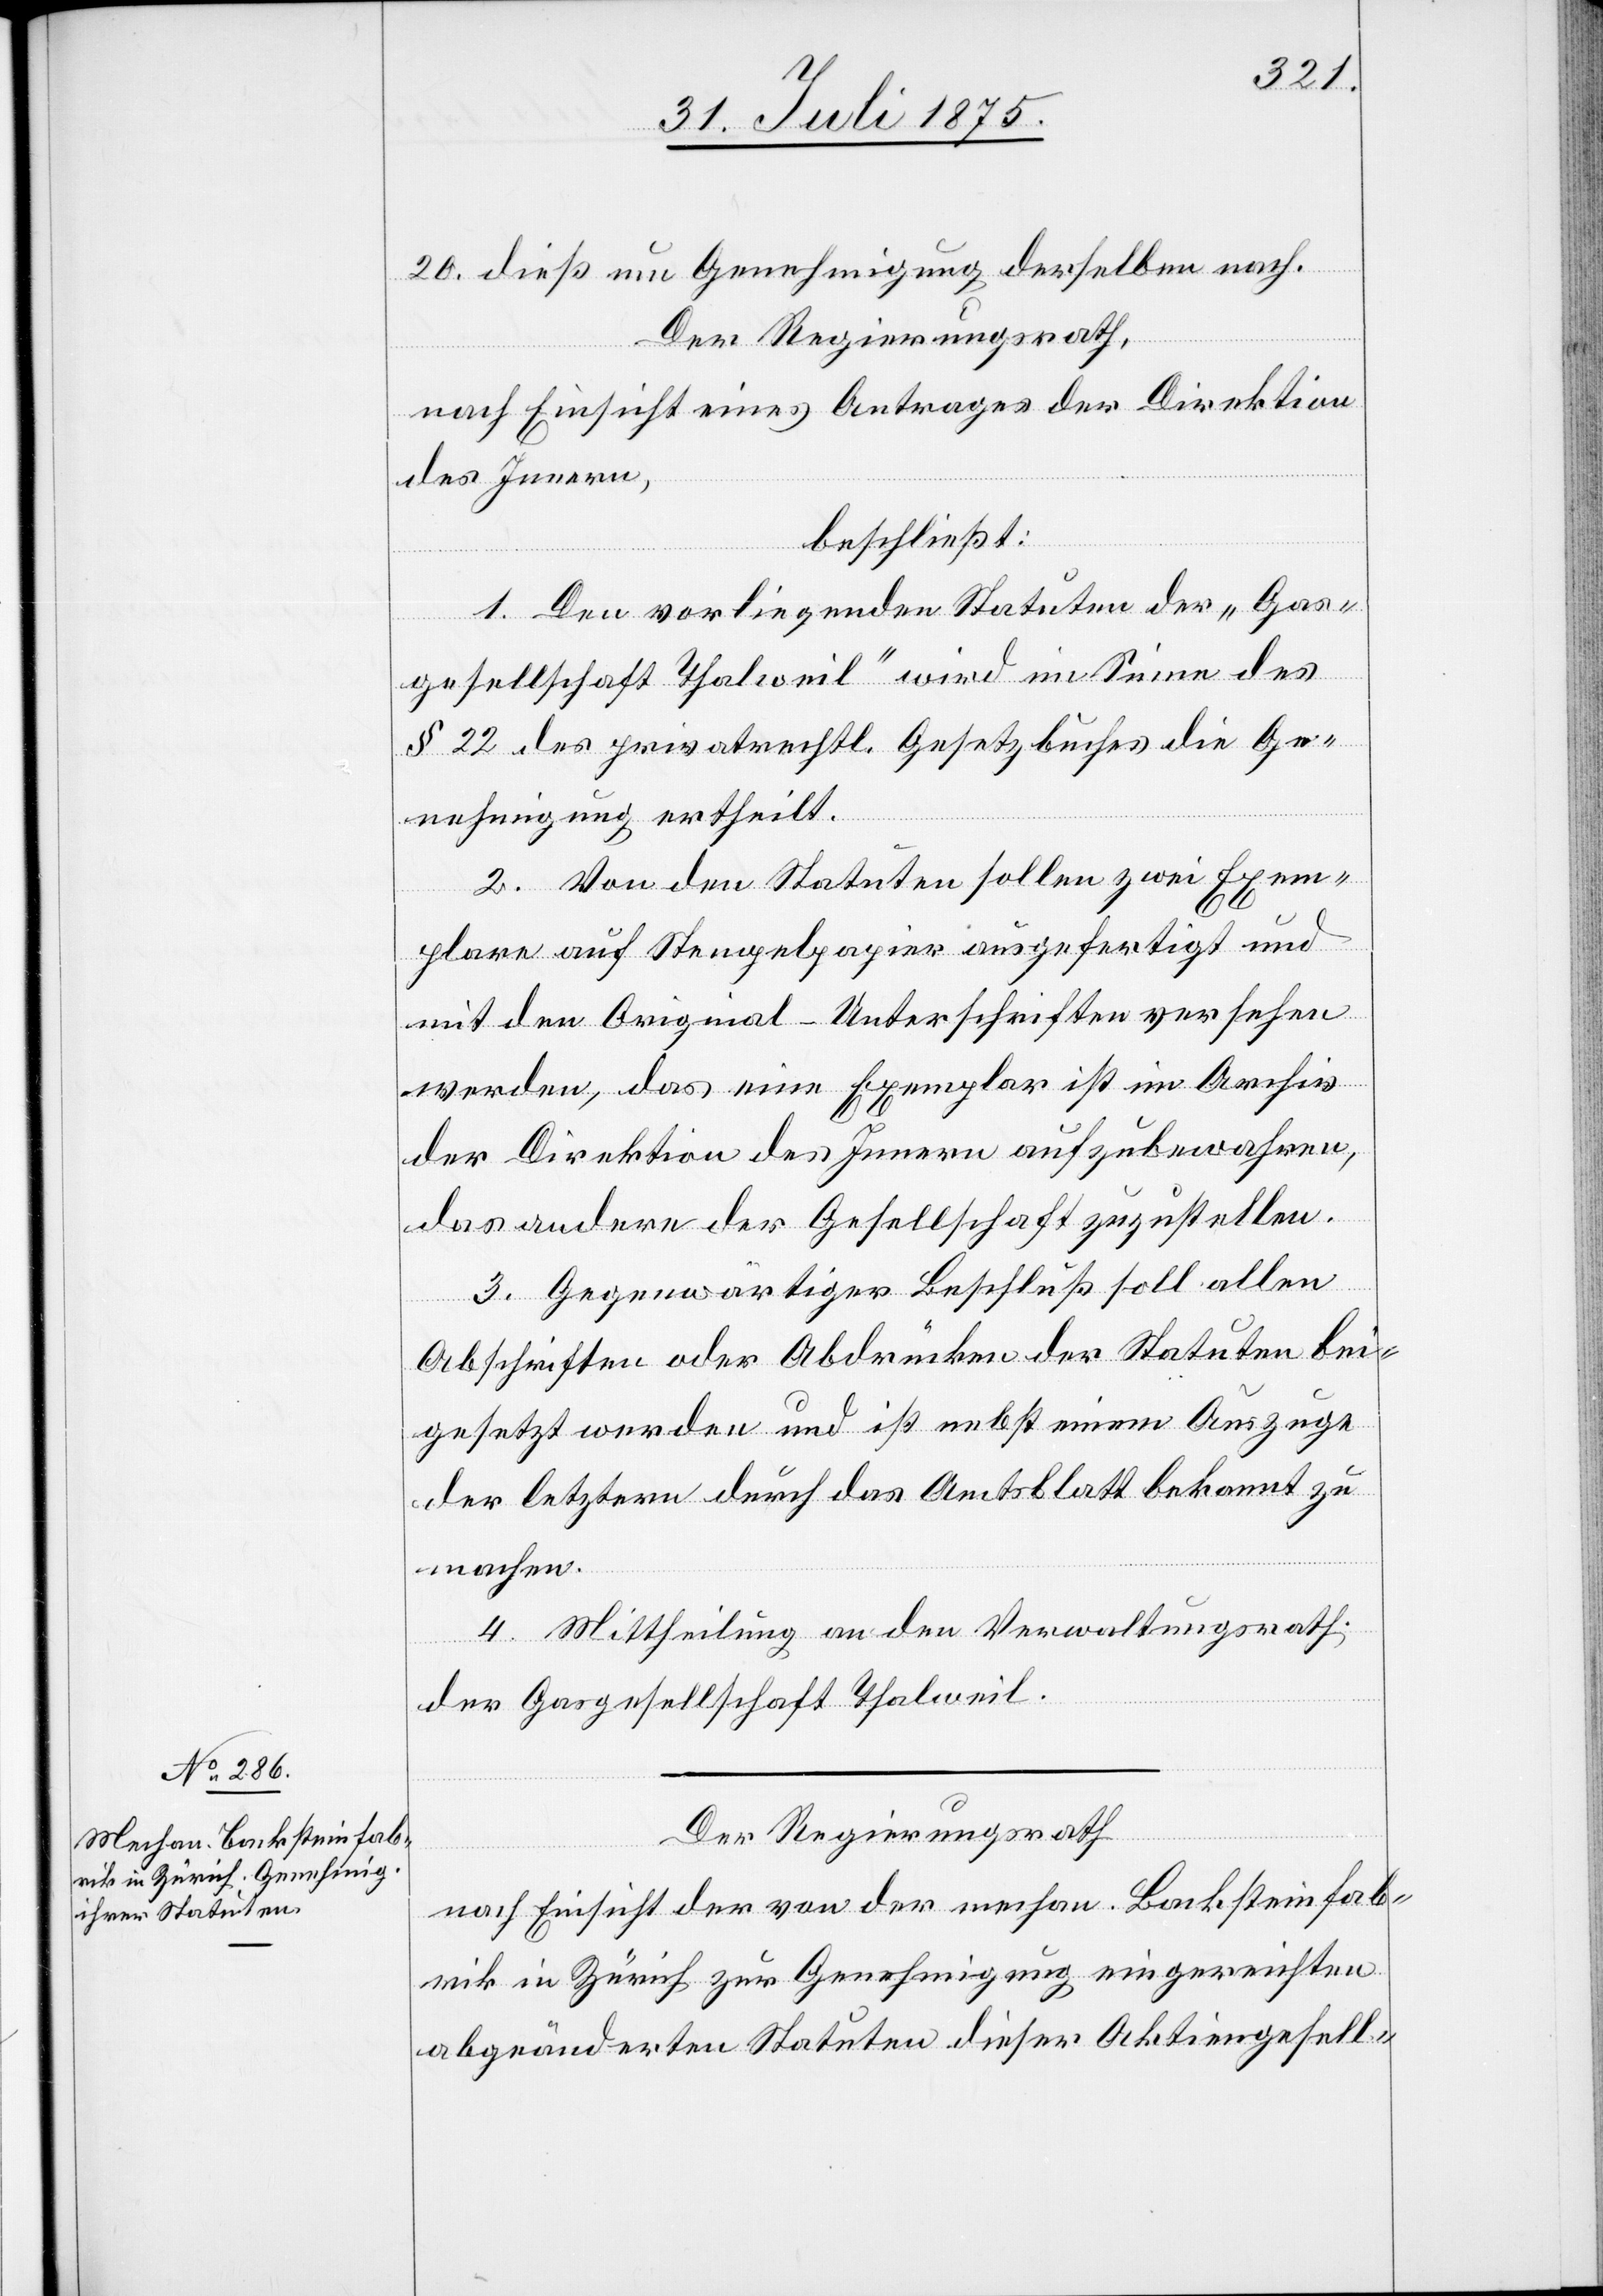
20. dieß um Genehmigung derselben nach.
Der Regierungsrath,
nach Einsicht eines Antrages der Direktion
des Innern,
beschließt:
1. Den vorliegenden Statuten der „Gas¬
gesellschaft Thalweil“ wird im Sinne des
§ 22 des privatrechtl. Gesetzbuches die Ge¬
nehmigung ertheilt.
2. Von den Statuten sollen zwei Exem¬
plare auf Stempelpapier ausgefertigt und
mit den Original-Unterschriften versehen
werden, das eine Exemplar ist im Archiv
der Direktion des Innern aufzubewahren,
das andere der Gesellschaft zuzustellen.
3. Gegenwärtiger Beschluß soll allen
Abschriften oder Abdrücken der Statuten bei¬
gesetzt werden und ist nebst einem Auszuge
der letztern durch das Amtsblatt bekannt zu
machen.
4. Mittheilung an den Verwaltungsrath
der Gasgesellschaft Thalweil.
Der Regierungsrath,
nach Einsicht der von der mechan. Backsteinfab¬
rik in Zürich zur Genehmigung eingereichten
abgeänderten Statuten dieser Aktiengesell-